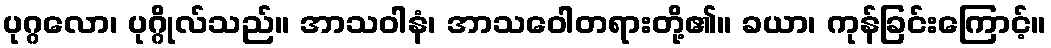
ပုဂ္ဂလော၊ ပုဂ္ဂိုလ်သည်။ အာသဝါနံ၊ အာသဝေါတရားတို့၏။ ခယာ၊ ကုန်ခြင်းကြောင့်။